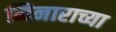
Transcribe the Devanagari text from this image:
मिनाराच्या